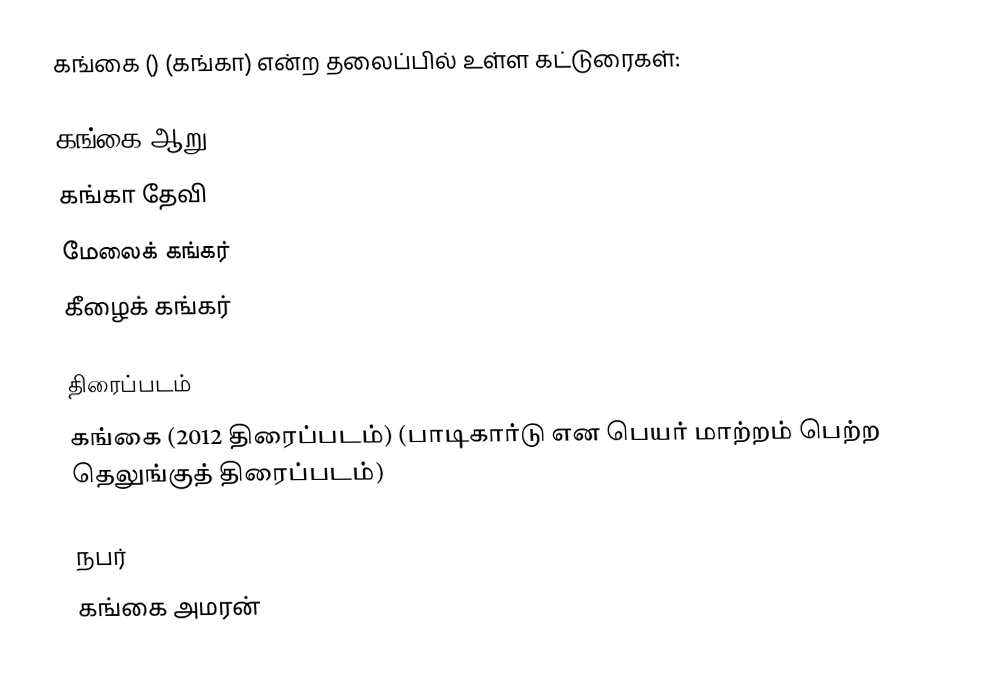
கங்கை () (கங்கா) என்ற தலைப்பில் உள்ள கட்டுரைகள்:

 கங்கை ஆறு
 கங்கா தேவி
 மேலைக் கங்கர்
 கீழைக் கங்கர்

திரைப்படம்
 கங்கை (2012 திரைப்படம்) (பாடிகார்டு என பெயர் மாற்றம் பெற்ற தெலுங்குத் திரைப்படம்)

நபர்
 கங்கை அமரன்